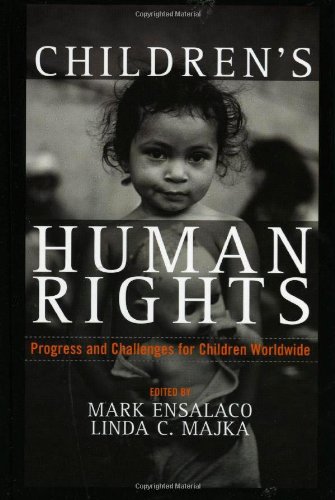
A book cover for Children's Human Rights: Progress and Challenges for Children Worldwide; Law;